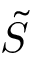
\Tilde { S }